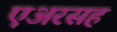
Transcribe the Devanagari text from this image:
एअरसह